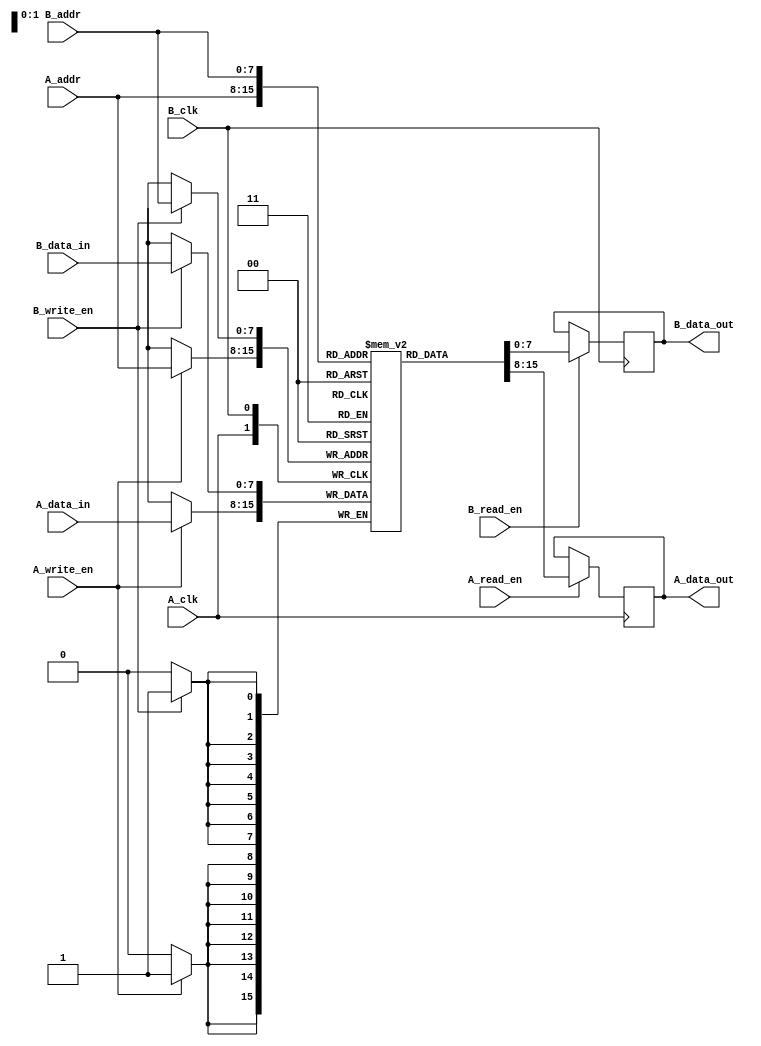
module dual_port_ram #(
    parameter DATA_WIDTH = 8,      // Width of the data
    parameter ADDR_WIDTH = 8        // Width of the address
)(
    input  wire                   A_clk,
    input  wire                   A_read_en,
    input  wire                   A_write_en,
    input  wire [ADDR_WIDTH-1:0] A_addr,
    input  wire [DATA_WIDTH-1:0] A_data_in,
    output reg  [DATA_WIDTH-1:0] A_data_out,

    input  wire                   B_clk,
    input  wire                   B_read_en,
    input  wire                   B_write_en,
    input  wire [ADDR_WIDTH-1:0] B_addr,
    input  wire [DATA_WIDTH-1:0] B_data_in,
    output reg  [DATA_WIDTH-1:0] B_data_out
);

    // Memory array declaration
    reg [DATA_WIDTH-1:0] ram [(2**ADDR_WIDTH)-1:0];

    // Port A operations
    always @(posedge A_clk) begin
        // Read operation for Port A
        if (A_read_en) begin
            A_data_out <= ram[A_addr];
        end
        
        // Write operation for Port A
        if (A_write_en) begin
            ram[A_addr] <= A_data_in;
        end
    end

    // Port B operations
    always @(posedge B_clk) begin
        // Read operation for Port B
        if (B_read_en) begin
            B_data_out <= ram[B_addr];
        end
        
        // Write operation for Port B
        if (B_write_en) begin
            ram[B_addr] <= B_data_in;
        end
    end

endmodule